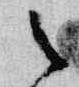
之